Indian journal of veterinary science and animal husbandry - Volumes 24-25, 1954-1955
Year: 1954
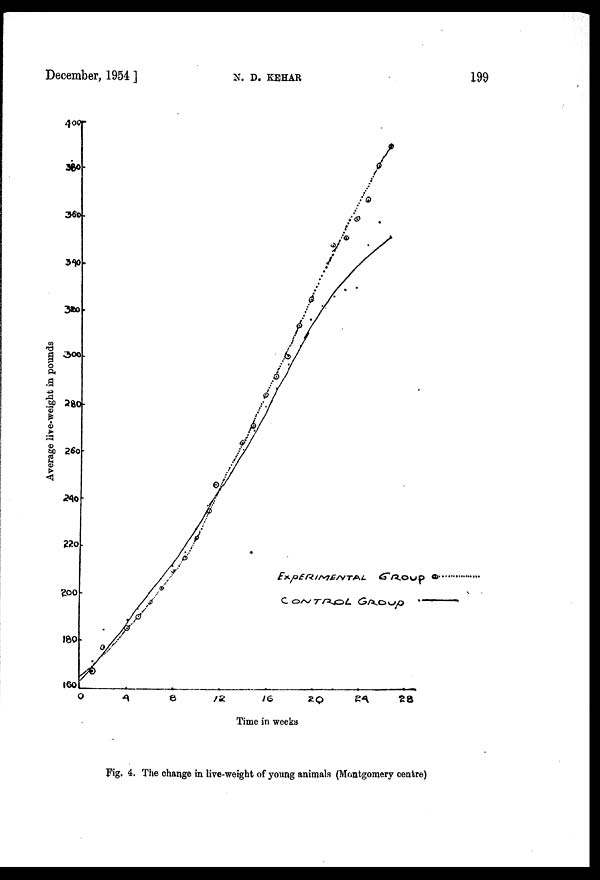
December, 1954 ]
N.
D.
KEHAR
199
Fig. 4. The change in live-weight of young animals (Montgomery centre)